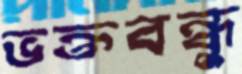
ভক্তবন্ধু